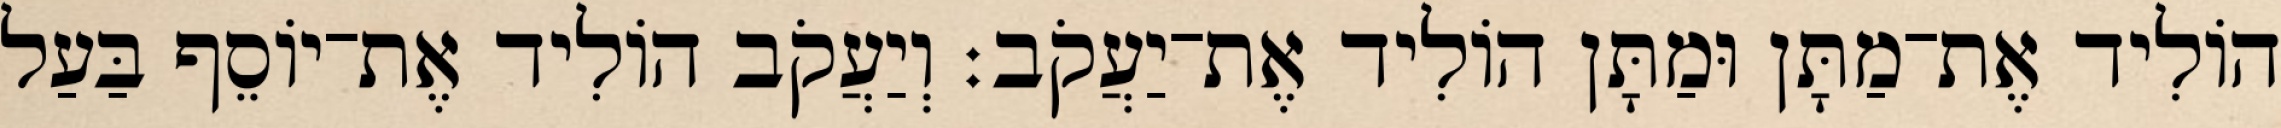
הוֹלִיד אֶת־מַתָּן וּמַתָּן הוֹלִיד אֶת־יַעֲקֹב׃ וְיַעֲקֹב הוֹלִיד אֶת־יוֹסֵף בַּעַל